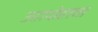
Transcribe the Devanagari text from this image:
उहापोहाचा